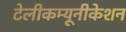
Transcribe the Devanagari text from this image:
टेलीकम्यूनीकेशन